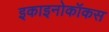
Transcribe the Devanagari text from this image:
इकाइनोकॉकस